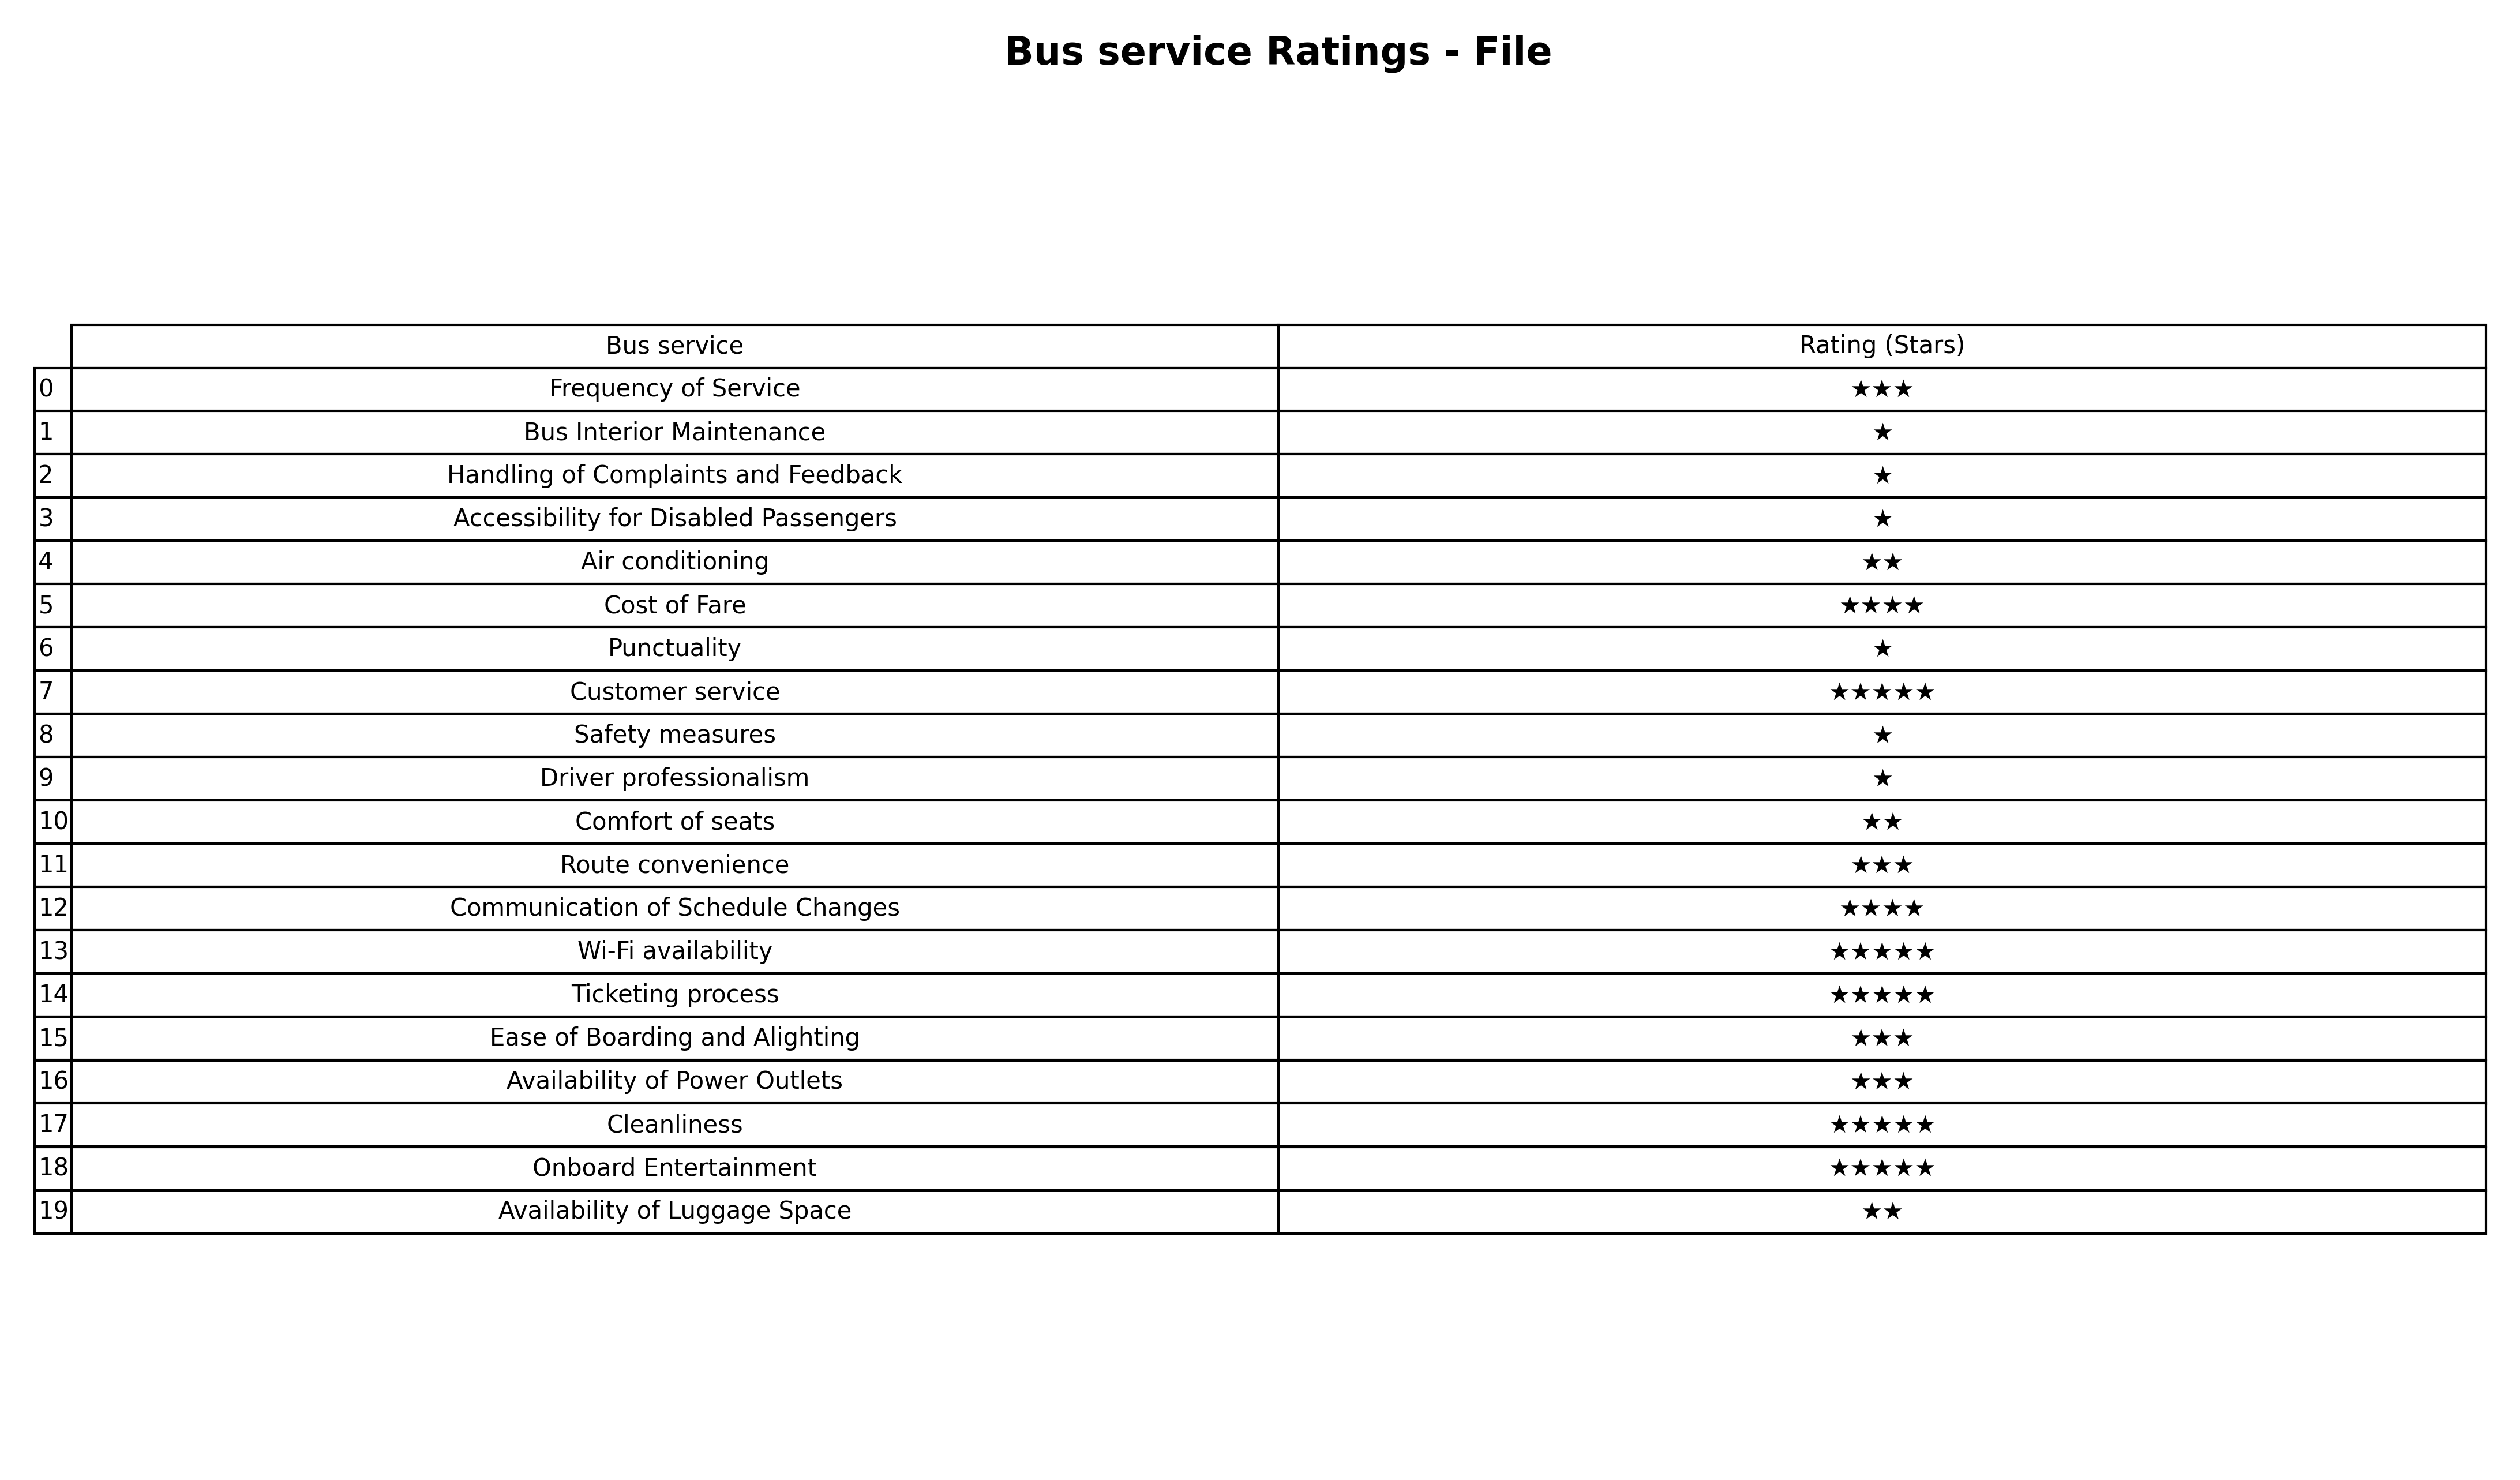
question: What are two star services?
answer: Air conditioningComfort of seatsAvailability of Luggage Space